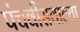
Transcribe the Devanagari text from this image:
पंचवीसवाल्या